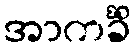
အာကင်္ခိံ